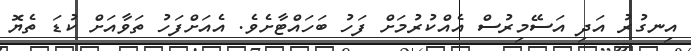
އިނގުރު އަދި އަސޭމިރުސް އެއްކުރުމަށް ފަހު ބަހައްޓާށެވެ. އެއަށްފަހު ތަވާއަށް ކުޑަ ތެޔޮ